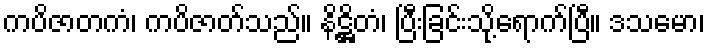
ကပိဇာတကံ၊ ကပိဇာတ်သည်။ နိဋ္ဌိတံ၊ ပြီးခြင်းသို့ရောက်ပြီ။ ဒသမော၊